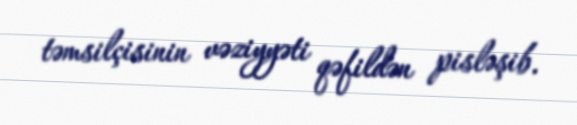
təmsilçisinin vəziyyəti qəfildən pisləşib.